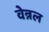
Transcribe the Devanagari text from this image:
वेन्नल